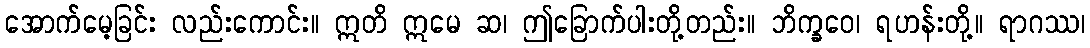
အောက်မေ့ခြင်း လည်းကောင်း။ ဣတိ ဣမေ ဆ၊ ဤခြောက်ပါးတို့တည်း။ ဘိက္ခဝေ၊ ရဟန်းတို့။ ရာဂဿ၊